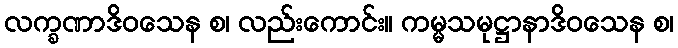
လက္ခဏာဒိဝသေန စ၊ လည်းကောင်း။ ကမ္မသမုဋ္ဌာနာဒိဝသေန စ၊